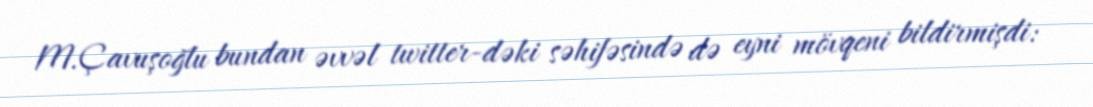
M.Çavuşoğlu bundan əvvəl twitter-dəki səhifəsində də eyni mövqeni bildirmişdi: